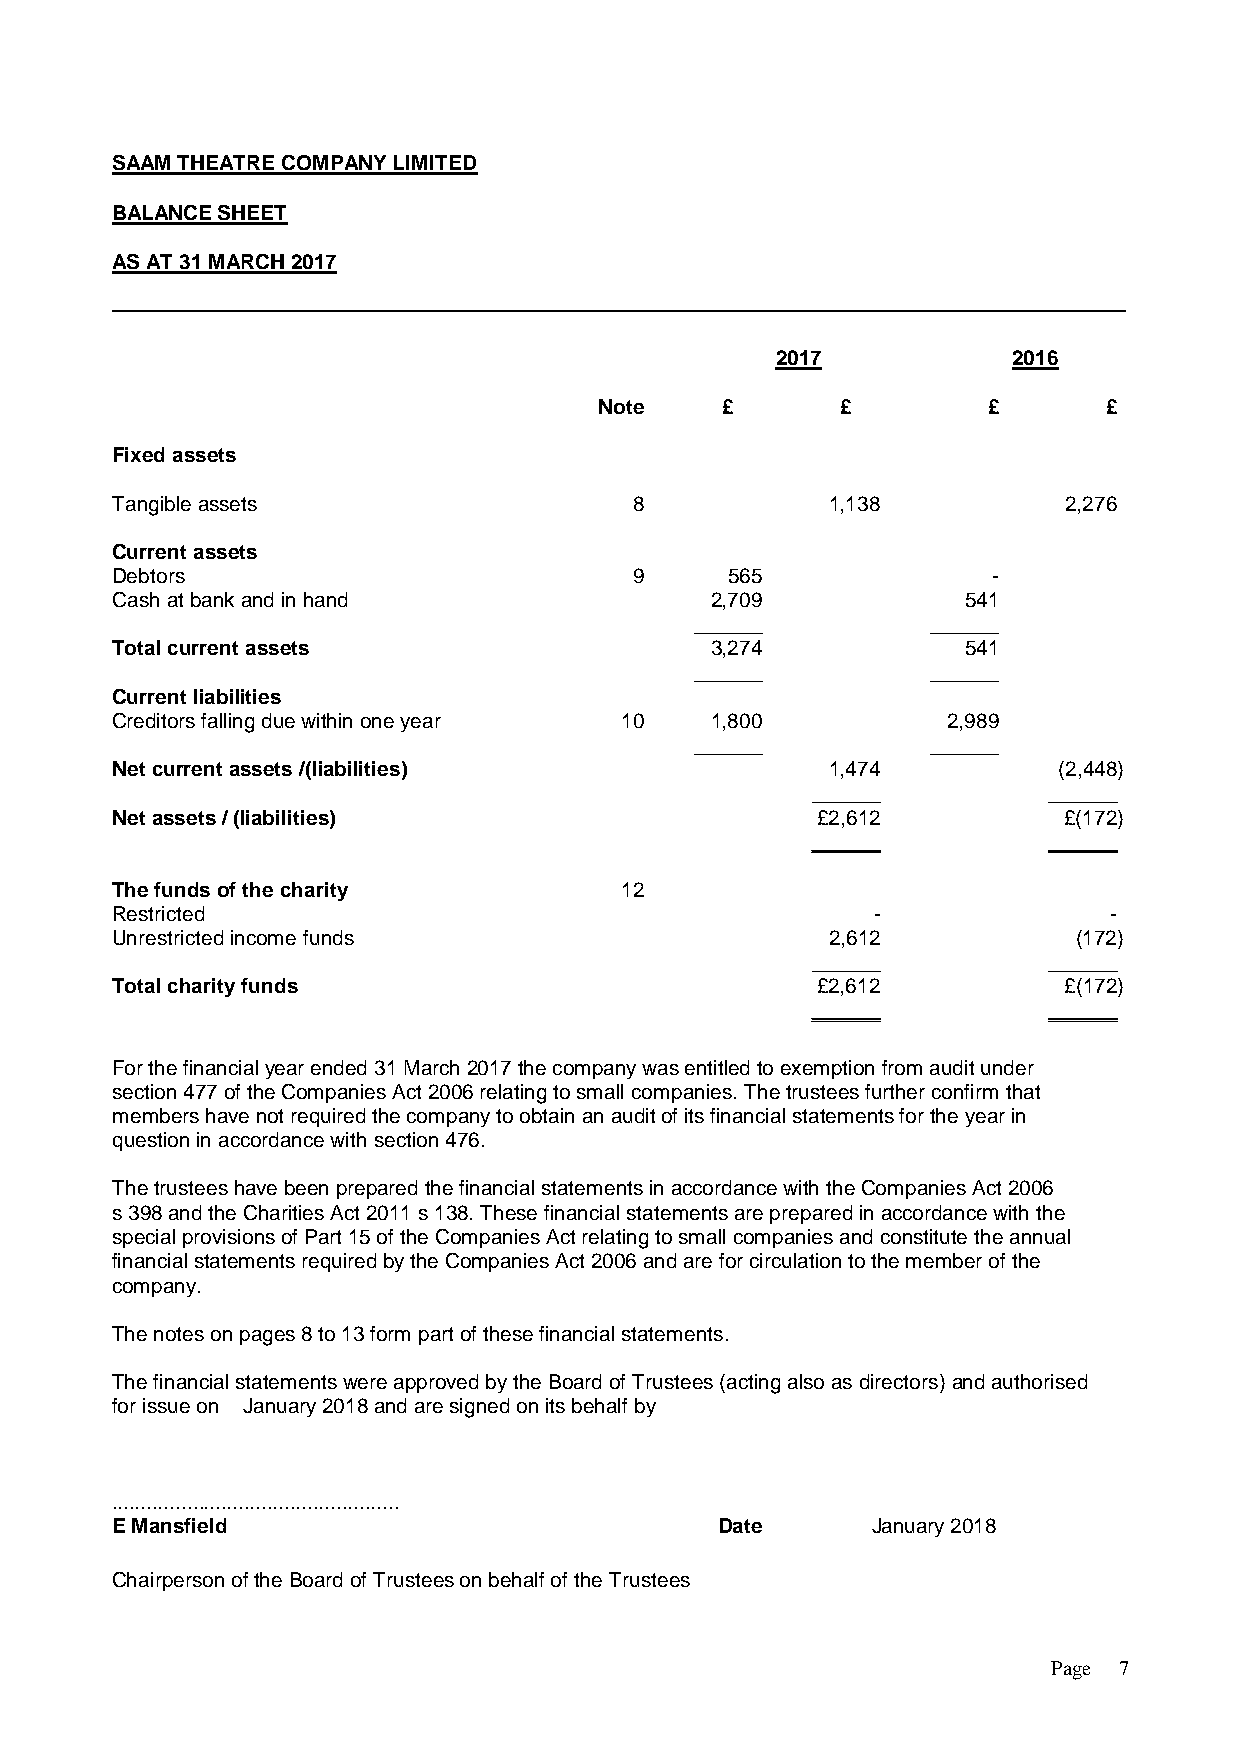
SAAM THEATRE COMPANY LIMITED
 BALANCE SHEET
 AS AT 31 MARCH 2017
 2017            2016
 Note    £       £        £       £
 Fixed assets
 Tangible assets                    8            1,138          2,276
 Current assets
 Debtors                            9     565               -
 Cash at bank and in hand                2,709            541
 ______          ______
 Total current assets                    3,274            541
 ______          ______
 Current liabilities
 Creditors falling due within one year 10 1,800          2,989
 ______          ______
 Net current assets /(liabilities)               1,474          (2,448)
 ______         ______
 Net assets / (liabilities)                     £2,612          £(172)
 ______         ______
 The funds of the charity          12
 Restricted                                         -              -
 Unrestricted income funds                       2,612           (172)
 ______         ______
 Total charity funds                            £2,612          £(172)
 ______         ______
 For the financial year ended 31 March 2017 the company was entitled to exemption from audit under
 section 477 of the Companies Act 2006 relating to small companies. The trustees further confirm that
 members have not required the company to obtain an audit of its financial statements for the year in
 question in accordance with section 476.
 The trustees have been prepared the financial statements in accordance with the Companies Act 2006
 s 398 and the Charities Act 2011 s 138. These financial statements are prepared in accordance with the
 special provisions of Part 15 of the Companies Act relating to small companies and constitute the annual
 financial statements required by the Companies Act 2006 and are for circulation to the member of the
 company.
 The notes on pages 8 to 13 form part of these financial statements.
 The financial statements were approved by the Board of Trustees (acting also as directors) and authorised
 for issue on January 2018 and are signed on its behalf by
 ..................................................
 E Mansfield                             Date       January 2018
 Chairperson of the Board of Trustees on behalf of the Trustees
 Page 7